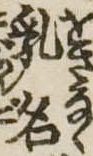
乳名